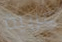
غربية